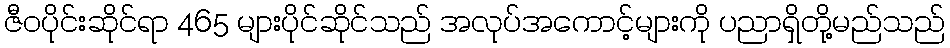
ဇီဝပိုင်းဆိုင်ရာ 465 များပိုင်ဆိုင်သည် အလုပ်အကောင့်များကို ပညာရှိတို့မည်သည်